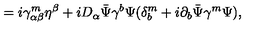
= i \gamma _ { \alpha \beta } ^ { m } \eta ^ { \beta } + i D _ { \alpha } \bar { \Psi } \gamma ^ { b } \Psi ( \delta _ { b } ^ { m } + i \partial _ { b } \bar { \Psi } \gamma ^ { m } \Psi ) ,